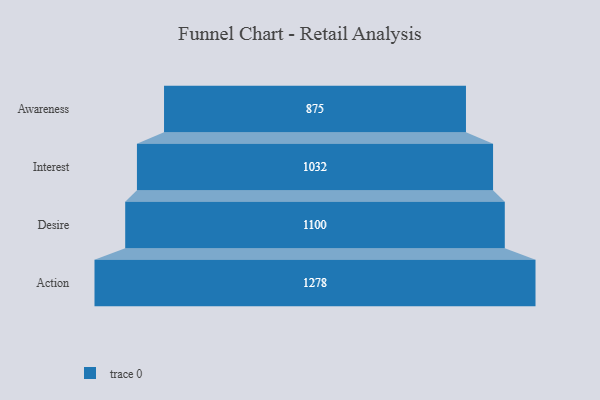
{"axis": {"x": "Stage", "y": "Value"}, "legend": [""], "data": [{"x": "Awareness", "y": 875.0, "type": ""}, {"x": "Interest", "y": 1032.0, "type": ""}, {"x": "Desire", "y": 1100.0, "type": ""}, {"x": "Action", "y": 1278.0, "type": ""}]}